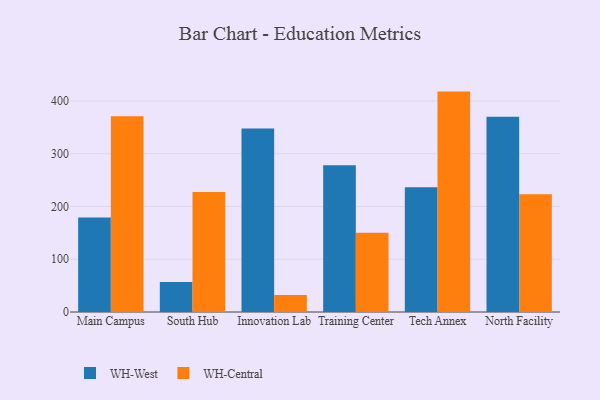
{"axis": {"x": "Campus", "y": "Headcount"}, "legend": ["WH-Central", "WH-West"], "data": [{"x": "Main Campus", "y": 179.0, "type": "WH-West"}, {"x": "Main Campus", "y": 371.3, "type": "WH-Central"}, {"x": "South Hub", "y": 56.8, "type": "WH-West"}, {"x": "South Hub", "y": 227.6, "type": "WH-Central"}, {"x": "Innovation Lab", "y": 347.8, "type": "WH-West"}, {"x": "Innovation Lab", "y": 32.3, "type": "WH-Central"}, {"x": "Training Center", "y": 278.2, "type": "WH-West"}, {"x": "Training Center", "y": 150.1, "type": "WH-Central"}, {"x": "Tech Annex", "y": 236.3, "type": "WH-West"}, {"x": "Tech Annex", "y": 417.8, "type": "WH-Central"}, {"x": "North Facility", "y": 369.9, "type": "WH-West"}, {"x": "North Facility", "y": 223.2, "type": "WH-Central"}]}